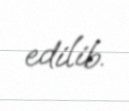
edilib.